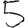
Digit: 5